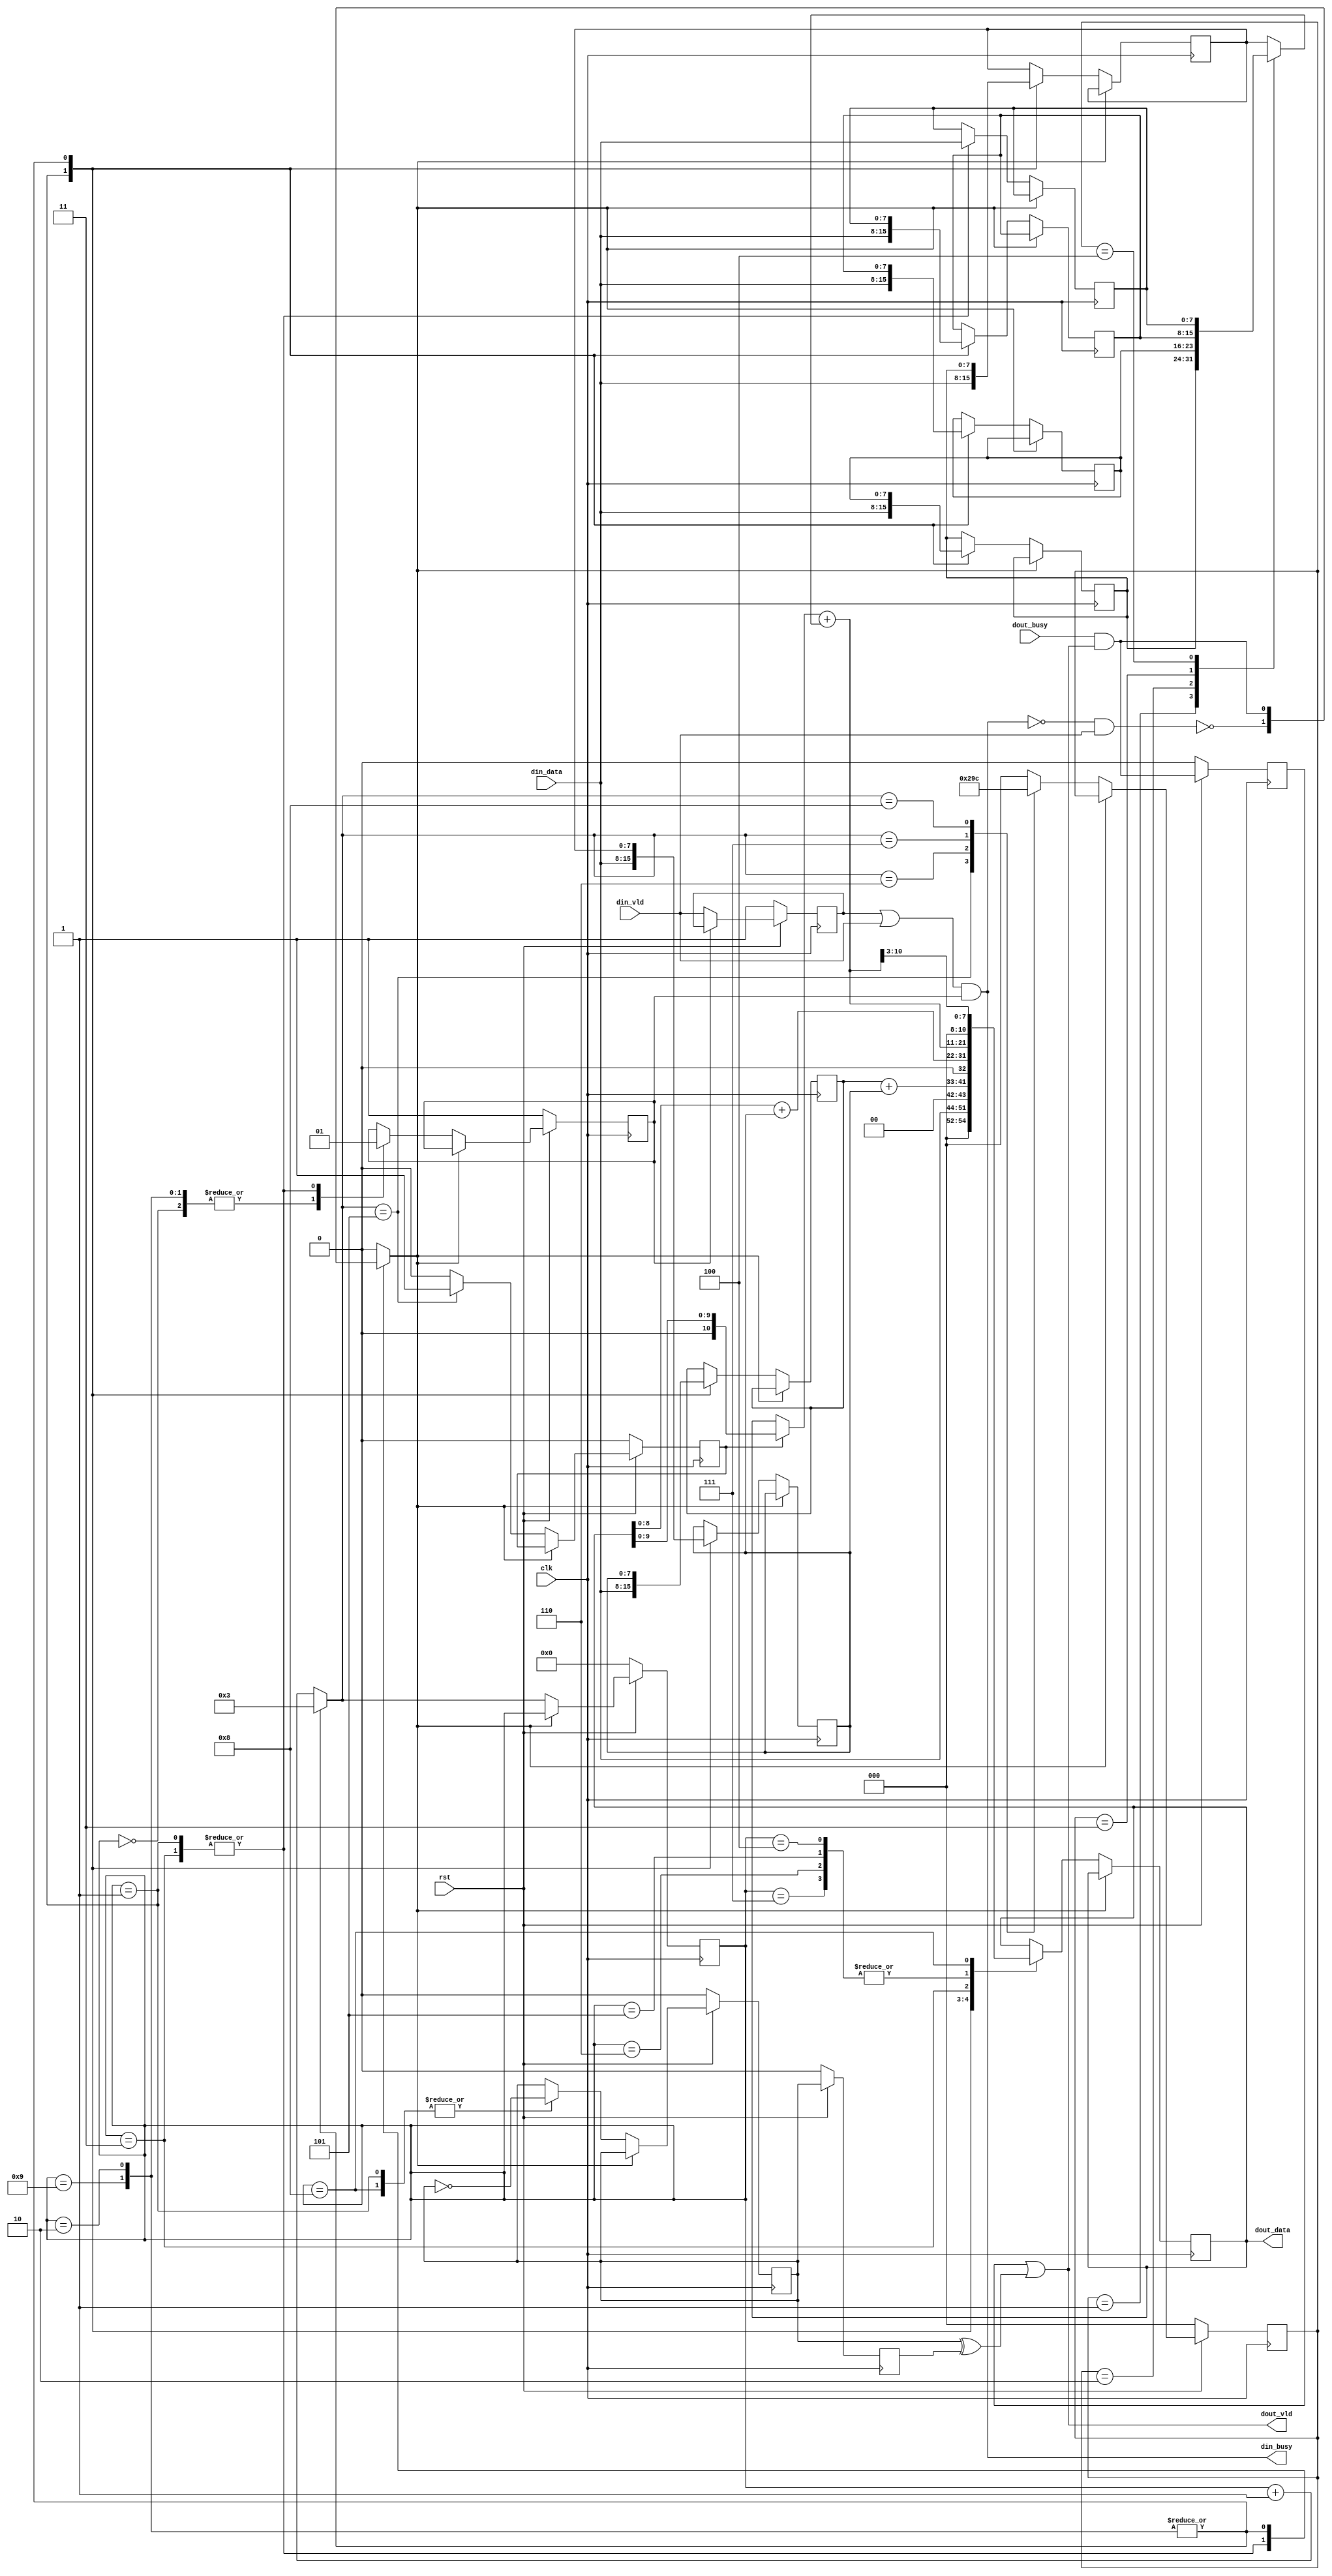
// Generated by stratus_hls 17.20-p100  (88533.190925)
// Tue Nov 17 22:54:34 2020
// from dut.cc

`timescale 1ps / 1ps

      
module dut(clk, rst, din_busy, din_vld, din_data, dout_busy, dout_vld, dout_data);

      input clk;
      input rst;
      input din_vld;
      input [7:0] din_data;
      input dout_busy;
      output din_busy;
      output dout_vld;
      output [10:0] dout_data;
      reg [10:0] dout_data;
      reg dout_m_req_m_prev_trig_req;
      reg dout_m_unacked_req;
      wire dut_Xor_1Ux1U_1U_4_9_out1;
      wire dut_Or_1Ux1U_1U_4_10_out1;
      reg dut_N_Muxb_1_2_0_4_1_out1;
      wire dut_And_1Ux1U_1U_4_5_out1;
      wire dut_Not_1U_1U_4_4_out1;
      reg din_m_unvalidated_req;
      wire dut_Or_1Ux1U_1U_4_2_out1;
      wire dut_And_1Ux1U_1U_4_3_out1;
      reg[3:0] global_state_next;
      reg[7:0] dut_Add_11Ux8U_11U_4_15_in1;
      reg[2:0] gs_ctrl1;
      reg[10:0] dut_Add_11Ux8U_11U_4_15_in2;
      reg gs_ctrl0;
      reg[7:0] s_reg_25;
      reg[7:0] s_reg_24;
      reg[7:0] s_reg_23;
      reg[7:0] s_reg_22;
      reg[7:0] s_reg_21;
      reg[7:0] s_reg_20;
      reg[7:0] s_reg_19;
      wire dut_Not_1U_1U_4_6_out1;
      wire dut_And_1Ux1U_1U_4_11_out1;
      wire dut_Not_1U_1U_4_12_out1;
      reg dout_m_req_m_trig_req;
      reg din_m_busy_req_0;
      wire[10:0] dut_Add_11Ux8U_11U_4_15_out1;
      wire[9:0] dut_Add_9Ux8U_10U_4_14_out1;
      wire[8:0] dut_Add_8Ux8U_9U_4_13_out1;
      reg[3:0] global_state;
      reg stall0;

         // resource: mux_11bx5i
         // resource: regr_11
         always @(posedge clk)
          begin :drive_dout_data
            if (stall0) begin
            end
            else begin
               case (global_state) 

                  4'd01: begin
                     dout_data <= {3'b000, din_data};
                  end
                  
                  4'd02, 4'd09: begin
                     dout_data <= {2'b00, dut_Add_8Ux8U_9U_4_13_out1};
                  end
                  
                  4'd03: begin
                     dout_data <= {1'b0, dut_Add_9Ux8U_10U_4_14_out1};
                  end
                  
                  4'd04, 4'd05, 4'd06, 4'd07: begin
                     dout_data <= dut_Add_11Ux8U_11U_4_15_out1;
                  end
                  
                  4'd08: begin
                     dout_data <= {3'b000, dut_Add_11Ux8U_11U_4_15_out1[10:3]};
                  end
                  
               endcase

            end
         end

         // resource: mux_1bx2i
         // resource: regr_1
         always @(posedge clk)
          begin :drive_din_m_busy_req_0
            if (rst == 1'b0) begin
               din_m_busy_req_0 <= 1'd1;
            end
            else begin
               if (stall0) begin
               end
               else begin
                  case (global_state) 

                     4'd00, 4'd02, 4'd09: begin
                        din_m_busy_req_0 <= 1'd0;
                     end
                     
                     4'd01, 4'd03: begin
                        din_m_busy_req_0 <= 1'd1;
                     end
                     
                  endcase

               end
            end
         end

         // resource: regr_1
         always @(posedge clk)
          begin :drive_dout_m_req_m_trig_req
            if (rst == 1'b0) begin
               dout_m_req_m_trig_req <= 1'd0;
            end
            else begin
               if (stall0) begin
               end
               else begin
                  case (global_state) 

                     4'd01, 4'd08: begin
                        dout_m_req_m_trig_req <= dut_Not_1U_1U_4_12_out1;
                     end
                     
                  endcase

               end
            end
         end

         // resource: mux_1bx3i
         always @(dut_Not_1U_1U_4_6_out1 or dut_And_1Ux1U_1U_4_11_out1 or global_state)
          begin :drive_stall0
            case (global_state) 

               4'd01, 4'd03: begin
                  stall0 = dut_Not_1U_1U_4_6_out1;
               end
               
               4'd02, 4'd09: begin
                  stall0 = dut_And_1Ux1U_1U_4_11_out1;
               end
               
               default: begin
                  stall0 = 1'b0;
               end
               
            endcase

         end

         // resource: mux_8bx2i
         // resource: regr_8
         always @(posedge clk)
          begin :drive_s_reg_19
            if (stall0) begin
            end
            else begin
               case (global_state) 

                  4'd01: begin
                     s_reg_19 <= din_data;
                  end
                  
                  4'd02, 4'd09: begin
                     s_reg_19 <= s_reg_20;
                  end
                  
               endcase

            end
         end

         // resource: mux_8bx2i
         // resource: regr_8
         always @(posedge clk)
          begin :drive_s_reg_20
            if (stall0) begin
            end
            else begin
               case (global_state) 

                  4'd01: begin
                     s_reg_20 <= din_data;
                  end
                  
                  4'd02, 4'd09: begin
                     s_reg_20 <= s_reg_21;
                  end
                  
               endcase

            end
         end

         // resource: mux_8bx2i
         // resource: regr_8
         always @(posedge clk)
          begin :drive_s_reg_21
            if (stall0) begin
            end
            else begin
               case (global_state) 

                  4'd01: begin
                     s_reg_21 <= din_data;
                  end
                  
                  4'd02, 4'd09: begin
                     s_reg_21 <= s_reg_22;
                  end
                  
               endcase

            end
         end

         // resource: mux_8bx2i
         // resource: regr_8
         always @(posedge clk)
          begin :drive_s_reg_22
            if (stall0) begin
            end
            else begin
               case (global_state) 

                  4'd01: begin
                     s_reg_22 <= din_data;
                  end
                  
                  4'd02, 4'd09: begin
                     s_reg_22 <= s_reg_23;
                  end
                  
               endcase

            end
         end

         // resource: mux_8bx2i
         // resource: regr_8
         always @(posedge clk)
          begin :drive_s_reg_23
            if (stall0) begin
            end
            else begin
               case (global_state) 

                  4'd01: begin
                     s_reg_23 <= din_data;
                  end
                  
                  4'd02, 4'd09: begin
                     s_reg_23 <= s_reg_24;
                  end
                  
               endcase

            end
         end

         // resource: mux_8bx2i
         // resource: regr_8
         always @(posedge clk)
          begin :drive_s_reg_24
            if (stall0) begin
            end
            else begin
               case (global_state) 

                  4'd01: begin
                     s_reg_24 <= din_data;
                  end
                  
                  4'd02, 4'd09: begin
                     s_reg_24 <= s_reg_25;
                  end
                  
               endcase

            end
         end

         // resource: regr_8
         always @(posedge clk)
          begin :drive_s_reg_25
            if (stall0) begin
            end
            else begin
               case (global_state) 

                  4'd01, 4'd03: begin
                     s_reg_25 <= din_data;
                  end
                  
               endcase

            end
         end

         // resource: dut_Add_8Ux8U_9U_4  instance: dut_Add_8Ux8U_9U_4_13
         assign dut_Add_8Ux8U_9U_4_13_out1 = {1'b0, s_reg_19} + {1'b0, s_reg_20};

         // resource: dut_Add_9Ux8U_10U_4  instance: dut_Add_9Ux8U_10U_4_14
         assign dut_Add_9Ux8U_10U_4_14_out1 = {1'b0, dout_data[8:0]} + {2'b00, s_reg_20};

         // resource: mux_11bx2i
         always @(dout_data or gs_ctrl0)
          begin :drive_dut_Add_11Ux8U_11U_4_15_in2
            if (gs_ctrl0) begin
               dut_Add_11Ux8U_11U_4_15_in2 = {1'b0, dout_data[9:0]};
            end
            else begin
               dut_Add_11Ux8U_11U_4_15_in2 = dout_data;
            end
         end

         // resource: mux_8bx5i
         always @(s_reg_21 or s_reg_22 or s_reg_23 or s_reg_24 or s_reg_25 or gs_ctrl1)
          begin :drive_dut_Add_11Ux8U_11U_4_15_in1
            case (gs_ctrl1) 

               3'd1: begin
                  dut_Add_11Ux8U_11U_4_15_in1 = s_reg_22;
               end
               
               3'd2: begin
                  dut_Add_11Ux8U_11U_4_15_in1 = s_reg_23;
               end
               
               3'd3: begin
                  dut_Add_11Ux8U_11U_4_15_in1 = s_reg_24;
               end
               
               3'd4: begin
                  dut_Add_11Ux8U_11U_4_15_in1 = s_reg_25;
               end
               
               default: begin
                  dut_Add_11Ux8U_11U_4_15_in1 = s_reg_21;
               end
               
            endcase

         end

         // resource: dut_Add_11Ux8U_11U_4  instance: dut_Add_11Ux8U_11U_4_15
         assign dut_Add_11Ux8U_11U_4_15_out1 = dut_Add_11Ux8U_11U_4_15_in2 + {3'b000, dut_Add_11Ux8U_11U_4_15_in1};

         // resource: regr_4
         always @(posedge clk)
          begin :drive_global_state
            if (rst == 1'b0) begin
               global_state <= 4'd00;
            end
            else begin
               if (stall0) begin
               end
               else begin
                  global_state <= global_state_next;
               end
            end
         end

         // resource: mux_4bx2i
         always @(global_state)
          begin :drive_global_state_next
            case (global_state) 

               4'd02, 4'd09: begin
                  global_state_next = 4'd03;
               end
               
               default: begin
                  global_state_next = global_state + 4'd01;
               end
               
            endcase

         end

         // resource: mux_1bx2i
         // resource: regr_1
         always @(posedge clk)
          begin :drive_gs_ctrl0
            if (rst == 1'b0) begin
               gs_ctrl0 <= 1'b0;
            end
            else begin
               if (stall0) begin
               end
               else begin
                  case (global_state_next) 

                     4'd05: begin
                        gs_ctrl0 <= 1'b1;
                     end
                     
                     default: begin
                        gs_ctrl0 <= 1'b0;
                     end
                     
                  endcase

               end
            end
         end

         // resource: mux_3bx5i
         // resource: regr_3
         always @(posedge clk)
          begin :drive_gs_ctrl1
            if (rst == 1'b0) begin
               gs_ctrl1 <= 3'd0;
            end
            else begin
               if (stall0) begin
               end
               else begin
                  case (global_state_next) 

                     4'd05: begin
                        gs_ctrl1 <= 3'd1;
                     end
                     
                     4'd06: begin
                        gs_ctrl1 <= 3'd2;
                     end
                     
                     4'd07: begin
                        gs_ctrl1 <= 3'd3;
                     end
                     
                     4'd08: begin
                        gs_ctrl1 <= 3'd4;
                     end
                     
                     default: begin
                        gs_ctrl1 <= 3'd0;
                     end
                     
                  endcase

               end
            end
         end

         // thread: drive_din_busy
         assign din_busy = dut_And_1Ux1U_1U_4_3_out1;

         // resource: dut_Or_1Ux1U_1U_4  instance: dut_Or_1Ux1U_1U_4_2
         assign dut_Or_1Ux1U_1U_4_2_out1 = din_m_unvalidated_req | din_vld;

         // resource: dut_And_1Ux1U_1U_4  instance: dut_And_1Ux1U_1U_4_3
         assign dut_And_1Ux1U_1U_4_3_out1 = dut_Or_1Ux1U_1U_4_2_out1 & din_m_busy_req_0;

         // resource: dut_Not_1U_1U_4  instance: dut_Not_1U_1U_4_4
         assign dut_Not_1U_1U_4_4_out1 = !dut_And_1Ux1U_1U_4_3_out1;

         // resource: dut_And_1Ux1U_1U_4  instance: dut_And_1Ux1U_1U_4_5
         assign dut_And_1Ux1U_1U_4_5_out1 = dut_Not_1U_1U_4_4_out1 & din_vld;

         // resource: dut_Not_1U_1U_4  instance: dut_Not_1U_1U_4_6
         assign dut_Not_1U_1U_4_6_out1 = !dut_And_1Ux1U_1U_4_5_out1;

         // resource: regr_1
         always @(posedge clk)
          begin :drive_din_m_unvalidated_req
            if (rst == 1'b0) begin
               din_m_unvalidated_req <= 1'd1;
            end
            else begin
               din_m_unvalidated_req <= dut_N_Muxb_1_2_0_4_1_out1;
            end
         end

         // resource:dut_N_Muxb_1_2_0_4
         always @(din_vld or din_m_busy_req_0 or din_m_unvalidated_req)
          begin :dut_N_Muxb_1_2_0_4_1
            if (din_m_busy_req_0) begin
               dut_N_Muxb_1_2_0_4_1_out1 = din_m_unvalidated_req;
            end
            else begin
               dut_N_Muxb_1_2_0_4_1_out1 = din_vld;
            end
         end

         // thread: drive_dout_vld
         assign dout_vld = dut_Or_1Ux1U_1U_4_10_out1;

         // resource: dut_Or_1Ux1U_1U_4  instance: dut_Or_1Ux1U_1U_4_10
         assign dut_Or_1Ux1U_1U_4_10_out1 = dout_m_unacked_req | dut_Xor_1Ux1U_1U_4_9_out1;

         // resource: regr_1
         always @(posedge clk)
          begin :drive_dout_m_unacked_req
            if (rst == 1'b0) begin
               dout_m_unacked_req <= 1'd0;
            end
            else begin
               dout_m_unacked_req <= dut_And_1Ux1U_1U_4_11_out1;
            end
         end

         // resource: dut_And_1Ux1U_1U_4  instance: dut_And_1Ux1U_1U_4_11
         assign dut_And_1Ux1U_1U_4_11_out1 = dout_busy & dout_vld;

         // resource: dut_Xor_1Ux1U_1U_4  instance: dut_Xor_1Ux1U_1U_4_9
         assign dut_Xor_1Ux1U_1U_4_9_out1 = dout_m_req_m_trig_req ^ dout_m_req_m_prev_trig_req;

         // resource: regr_1
         always @(posedge clk)
          begin :drive_dout_m_req_m_prev_trig_req
            if (rst == 1'b0) begin
               dout_m_req_m_prev_trig_req <= 1'd0;
            end
            else begin
               dout_m_req_m_prev_trig_req <= dout_m_req_m_trig_req;
            end
         end

         // resource: dut_Not_1U_1U_4  instance: dut_Not_1U_1U_4_12
         assign dut_Not_1U_1U_4_12_out1 = !dout_m_req_m_trig_req;


endmodule